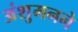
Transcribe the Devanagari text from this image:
अंशुमनने